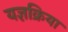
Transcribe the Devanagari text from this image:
यज्ञक्रिया